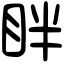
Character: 眫